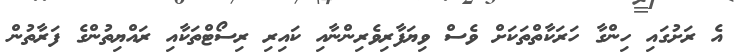
އެ ރަށުގައި ހިންގާ ހަރަކާތްތަކަށް ވެސް ވިޔަފާރިވެރިންނާއި ކައިރި ރިސޯޓްތަކާއި ރައްޔިތުންގެ ފަރާތުން